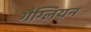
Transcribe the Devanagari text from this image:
गैग्लियन